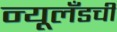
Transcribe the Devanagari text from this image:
न्यूलँडची